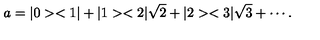
a = | 0 > < 1 | + | 1 > < 2 | \sqrt { 2 } + | 2 > < 3 | \sqrt { 3 } + \cdots .